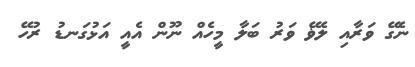
ނެގޭ ވަރާއި ލެޥޭ ވަރު ބަލާ މީހެއް ނޫން އެއީ އަޅުގަނޑު ރުހޭ